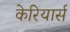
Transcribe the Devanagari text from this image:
केरियार्स